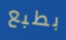
بطبع